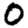
Digit: 0